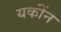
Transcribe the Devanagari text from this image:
यकींन